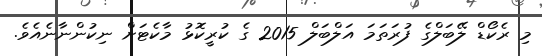
މި ރެކޯޑް ލޭބަލްގެ ފުރަތަމަ އަލްބަލް 2015 ގެ ކުރީކޮޅު މާކެޓަށް ނިކުންނާނެއެވެ.